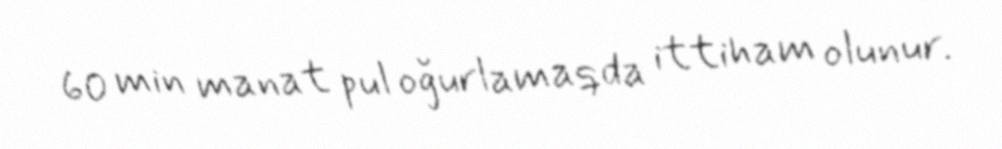
60 min manat pul oğurlamaqda ittiham olunur.